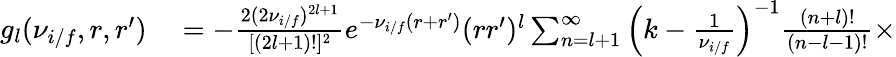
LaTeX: \begin{array}{rl}{g_{l}(\nu_{i/f},r,r^{\prime})}&{{}=-\frac{2(2\nu_{i/f})^{2l+1}}{[(2l+1)!]^{2}}e^{-\nu_{i/f}(r+r^{\prime})}(rr^{\prime})^{l}\sum_{n=l+1}^{\infty}\Big(k-\frac{1}{\nu_{i/f}}\Big)^{-1}\frac{(n+l)!}{(n-l-1)!}\times}\end{array}